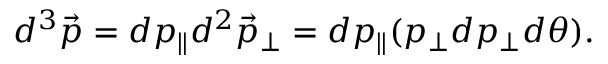
\begin{array} { r } { d ^ { 3 } { \vec { p } } = d p _ { \parallel } d ^ { 2 } { \vec { p } _ { \perp } } = d p _ { \parallel } ( p _ { \perp } d p _ { \perp } d \theta ) . } \end{array}